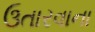
ઉતારવાના